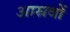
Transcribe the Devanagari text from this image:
आस्रवों